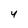
Character: Y